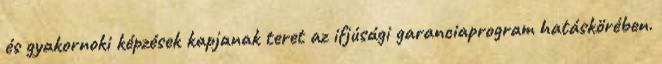
és gyakornoki képzések kapjanak teret az ifjúsági garanciaprogram hatáskörében.